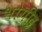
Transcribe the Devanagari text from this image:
भोगींद्र